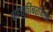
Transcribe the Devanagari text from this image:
वाहतुकीबरोबरच